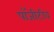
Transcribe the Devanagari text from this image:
पॉजीटीव